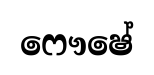
ෆෞෂේ